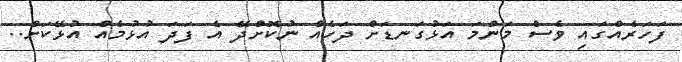
ފަހަރެއްގައި ވެސް މަންމަ އަޅުގަނޑަށް ދަހެއް ނުކޮށްދޭ އެ ފަދަ އުޅުމެއް އުޅޭކަށް..